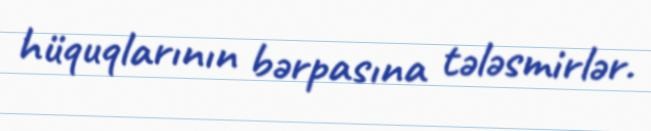
hüquqlarının bərpasına tələsmirlər.